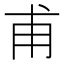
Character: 甫